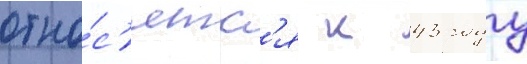
отно́с'ятс'я к 43 году